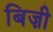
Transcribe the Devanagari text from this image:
बिज़ी